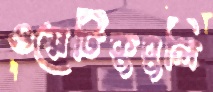
ওয়েটিকুবুলি